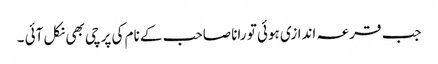
جب قرعہ اندازی ہوئی تو رانا صاحب کے نام کی پرچی بھی نکل آئی ۔